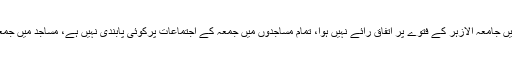
مفتی منیب الرحمان کا کہنا تھا کہ آج اجلاس میں جامعہ الازہر کے فتوے پر اتفاقِ رائے نہیں ہوا، تمام مساجدوں میں جمعہ کے اجتماعات پرکوئی پابندی نہیں ہے، مساجد میں جمعہ کے خطبات اور اجتماعات جاری رہیں گے۔